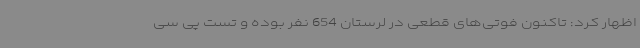
اظهار کرد: تاکنون فوتی‌های قطعی در لرستان 654 نفر بوده و تست پی سی